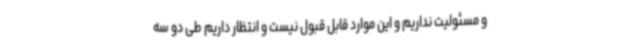
و مسئولیت نداریم و این موارد قابل قبول نیست و انتظار داریم طی دو سه